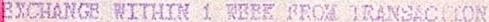
EXCHANGE WITHIN 1 WEEK FROM TRANSACTION